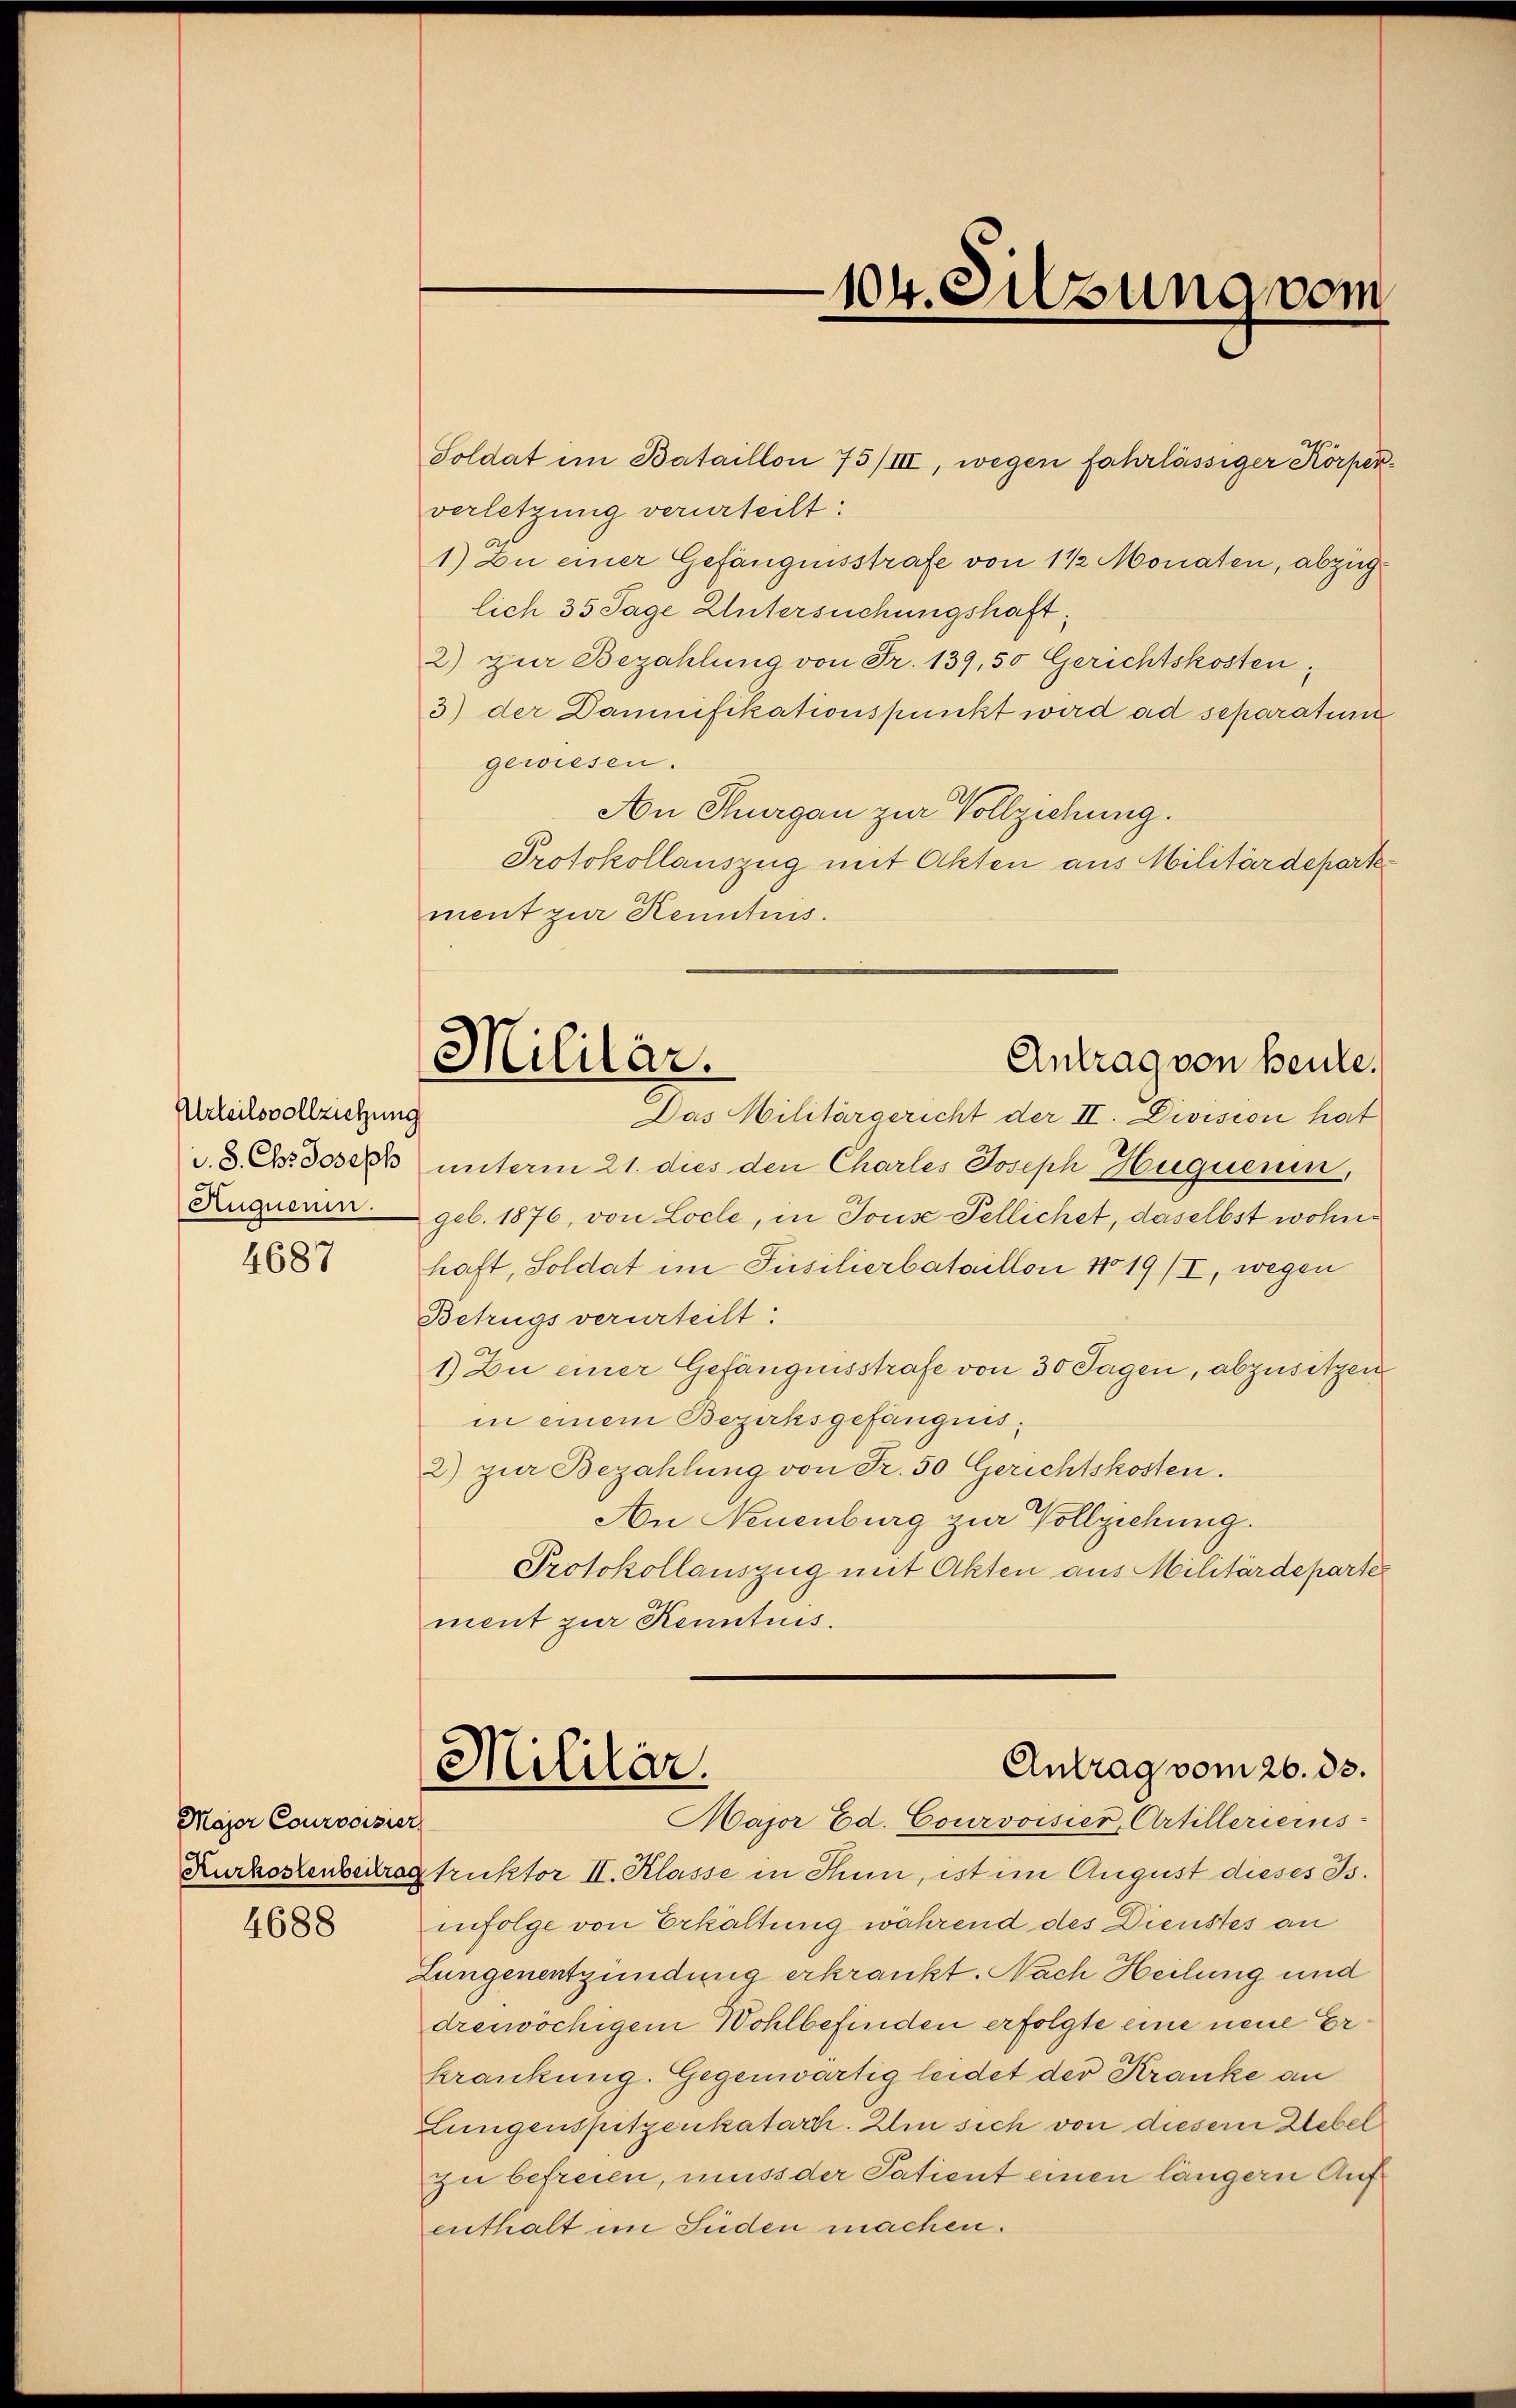
Urteilsvollziehung
d. 3. Chr Joseph
Auquenen.

4687

Majer Courvoisier

4688

104. Silzung vom

Militär.
Antrag von heute.
Das Militärgericht der II. Division hat

Soldat im Bataillon 75/III, wegen fahrlässiger Körperverletzung verurteilt:
1) Zu einer Gefängnisstrafe von 1 ½ Monaten, abzuglich 35 Tage Untersuchungshaft¬
2) zur Bezahlung von Fr. 139, 50 Gerichtskosten,
3) der Damnifikationspunkt wird ad separatun
gewiesen.
An Thurgau zur Vollziehung.
Protokollauszug mit Akten aus Militärdepartement zur Kenntnis.
unterm 21. dies den Charles Joseph Huquerin,
geb. 1876, von Locle, in Tous Tellichet, daselbst wohne
haft, Soldat im Füsilierbataillon 1 19/I, wegen
Betrugs verurteilt:
1) Zu einer Gefängnisstrafe von 30 Tagen, abzusitzen
in einem Bezirksgefängnis¬
2) zur Bezahlung von Fr. 50 Gerichtskosten.
An Neuenburg zur Vollziehung.
Protokollauszug mit Akten aus Militärdepartes
ment zur Kenntnis.
Antrag vom 26. ds.
Mililar.
Major Ed. Courvoisier, Artillerierus-
Kurkostenbertrag truktor II. Klasse in Thun, ist im August dieses Is.
infolge von Erkältung während des Dienstes an
Lungenentzündung erkrankt. Nach Heilung und
dreiwöchigem Wohlbefinden erfolgte eine neue Erkrankung. Gegenwärtig leidet der Kranke an
Lungenspitzenkatarti. Im sich von diesem Lebel
zu befreien, muss der Patient einen längern Aufenthalt im Süden machen.